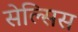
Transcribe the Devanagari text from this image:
सेल्सिस